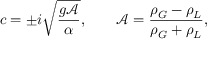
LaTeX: c = \pm i { \sqrt { \frac { g { \mathcal { A } } } { \alpha } } } , \qquad { \mathcal { A } } = { \frac { \rho _ { G } - \rho _ { L } } { \rho _ { G } + \rho _ { L } } } ,